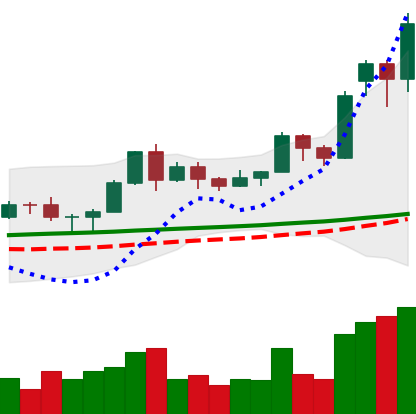
Ticker: LTC-USD
Chart end date: 2020-11-19
Forward return: 9.208%
Label: up_7plus